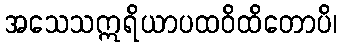
အသေသဣရိယာပထဝိထိတောပိ၊